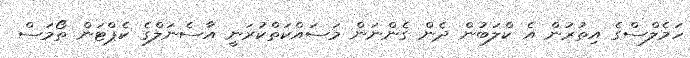
ހަމެލްސްގެ އިތުރުން އެ ކްލަބުން ދެން ގެންނަން މަސައްކަތްކުރަނީ އާސެނަލްގެ ކެޕްޓަން ތޯމަސް